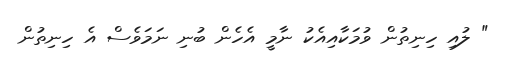
" ލުއި ހިނިތުން ވުމަކާއިއެކު ނާމީ އެހެން ބުނި ނަމަވެސް އެ ހިނިތުން